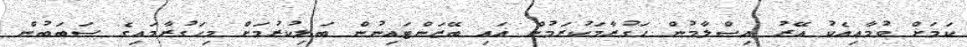
ކަމަށް ވުމާއިއެކު އޭރު އިސްލާމުން ހަގުރާމަކުރަމުން އައި ބޭޒަންޓައިނުން ބަލިކުރުމަށް މިހަގުރާމައިގެ ސަބަބުން